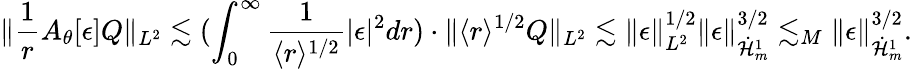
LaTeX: \| \frac{1}{r}A_{\theta}[\epsilon]Q\| _{L^{2}}\lesssim(\int_{0}^{\infty}\frac{1}{\langle r\rangle^{1/2}}|\epsilon|^{2}dr)\cdot\| \langle r\rangle^{1/2}Q\| _{L^{2}}\lesssim\| \epsilon\| _{L^{2}}^{1/2}\| \epsilon\| _{\dot{\mathcal H}_{m}^{1}}^{3/2}\lesssim_{M}\| \epsilon\| _{\dot{\mathcal H}_{m}^{1}}^{3/2}.